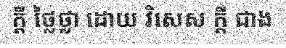
ក្តី ថ្លៃថ្លា ដោយ វិសេស ក្តី ជាង